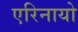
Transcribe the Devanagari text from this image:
एरिनायो